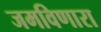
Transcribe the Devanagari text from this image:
जमविणारा